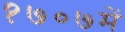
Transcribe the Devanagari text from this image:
१७०७में